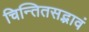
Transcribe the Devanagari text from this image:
चिन्तितसद्भावं